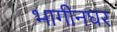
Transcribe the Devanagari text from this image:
भागीनघर